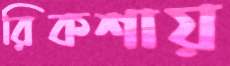
রিকশায়